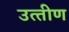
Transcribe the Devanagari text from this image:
उत्‍तीण